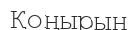
Қоңырын